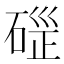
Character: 𥓱